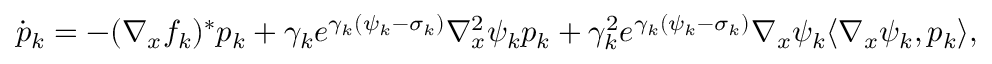
\dot { p } _ { k } = - ( \nabla _ { x } f _ { k } ) ^ { * } p _ { k } + \gamma _ { k } e ^ { \gamma _ { k } ( \psi _ { k } - \sigma _ { k } ) } \nabla _ { x } ^ { 2 } \psi _ { k } p _ { k } + \gamma _ { k } ^ { 2 } e ^ { \gamma _ { k } ( \psi _ { k } - \sigma _ { k } ) } \nabla _ { x } \psi _ { k } \langle \nabla _ { x } \psi _ { k } , p _ { k } \rangle ,